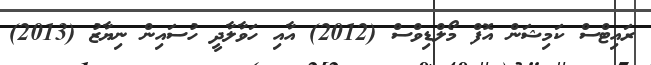
ރައިޓްސް ކަމިޝަން އޮފް މޯލްޑިވްސް (2012) އާއި ހަވާލާދީ ހުސައިން ނިޔާޒު (2013)